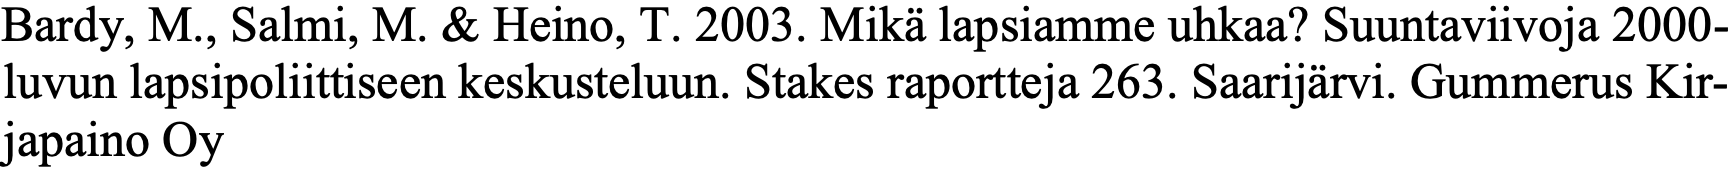
Bardy, M., Salmi, M. & Heino, T. 2003. Mikä lapsiamme uhkaa? Suuntaviivoja 2000- luvun lapsipoliittiseen keskusteluun. Stakes raportteja 263. Saarijärvi. Gummerus Kir- japaino Oy